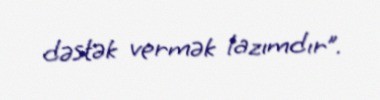
dəstək vermək lazımdır”.